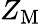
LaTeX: Z_{\mathrm{M}}